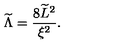
{ \widetilde \Lambda } = { \frac { 8 { \widetilde L } ^ { 2 } } { \xi ^ { 2 } } } .